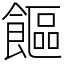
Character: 饇